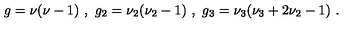
g = \nu ( \nu - 1 ) \ , \ g _ { 2 } = \nu _ { 2 } ( \nu _ { 2 } - 1 ) \ , \ g _ { 3 } = \nu _ { 3 } ( \nu _ { 3 } + 2 \nu _ { 2 } - 1 ) \ .